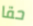
حقا